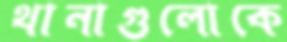
থানাগুলোকে